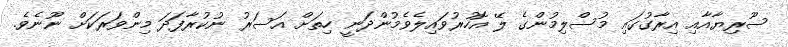
ސޫރިޔާއާއި އިރާގުގައި މުސްލިމުންގެ ލޭ އޮހުރުވައިލެވެމުންދަނީ ހިތަށް އަސަރު ނުކުރާފަދަ މިންވަރަކަށް ނޫނެވެ.